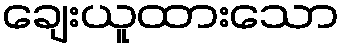
ချေးယူထားသော